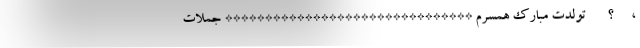
،      ؟       تولدت مبارک همسرم ******************************* جملات